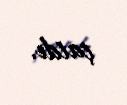
çatdı.